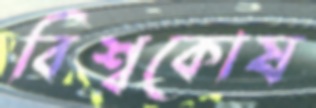
বিশ্বকোষ